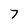
Character: 7